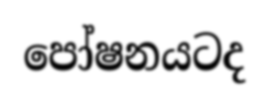
පෝෂනයටද